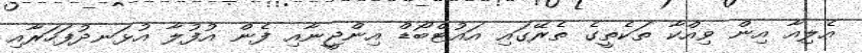
އެލިއާ އިން ވިއްކާ ތަކެތީގެ ތެރޭގައި އައުޓްބޯޑް އިންޖީނާއި ފެން އުފުލާ އުޅަނދުފަހަރާއި